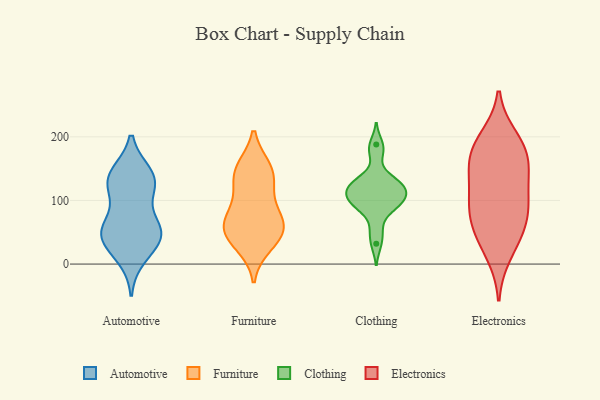
{"axis": {"x": "Market Share (%)", "y": "Value"}, "legend": ["Automotive", "Clothing", "Electronics", "Furniture"], "data": [{"x": "", "y": 58, "type": "Automotive"}, {"x": "", "y": 34, "type": "Automotive"}, {"x": "", "y": 45, "type": "Automotive"}, {"x": "", "y": 54, "type": "Automotive"}, {"x": "", "y": 127, "type": "Automotive"}, {"x": "", "y": 141, "type": "Automotive"}, {"x": "", "y": 11, "type": "Automotive"}, {"x": "", "y": 58, "type": "Automotive"}, {"x": "", "y": 44, "type": "Automotive"}, {"x": "", "y": 121, "type": "Automotive"}, {"x": "", "y": 140, "type": "Automotive"}, {"x": "", "y": 126, "type": "Automotive"}, {"x": "", "y": 141, "type": "Furniture"}, {"x": "", "y": 50, "type": "Furniture"}, {"x": "", "y": 30, "type": "Furniture"}, {"x": "", "y": 150, "type": "Furniture"}, {"x": "", "y": 73, "type": "Furniture"}, {"x": "", "y": 120, "type": "Furniture"}, {"x": "", "y": 62, "type": "Furniture"}, {"x": "", "y": 87, "type": "Furniture"}, {"x": "", "y": 44, "type": "Furniture"}, {"x": "", "y": 55, "type": "Furniture"}, {"x": "", "y": 148, "type": "Furniture"}, {"x": "", "y": 128, "type": "Clothing"}, {"x": "", "y": 32, "type": "Clothing"}, {"x": "", "y": 130, "type": "Clothing"}, {"x": "", "y": 175, "type": "Clothing"}, {"x": "", "y": 55, "type": "Clothing"}, {"x": "", "y": 111, "type": "Clothing"}, {"x": "", "y": 97, "type": "Clothing"}, {"x": "", "y": 127, "type": "Clothing"}, {"x": "", "y": 89, "type": "Clothing"}, {"x": "", "y": 89, "type": "Clothing"}, {"x": "", "y": 188, "type": "Clothing"}, {"x": "", "y": 113, "type": "Clothing"}, {"x": "", "y": 101, "type": "Clothing"}, {"x": "", "y": 126, "type": "Clothing"}, {"x": "", "y": 106, "type": "Clothing"}, {"x": "", "y": 95, "type": "Electronics"}, {"x": "", "y": 16, "type": "Electronics"}, {"x": "", "y": 149, "type": "Electronics"}, {"x": "", "y": 198, "type": "Electronics"}, {"x": "", "y": 181, "type": "Electronics"}, {"x": "", "y": 83, "type": "Electronics"}, {"x": "", "y": 125, "type": "Electronics"}, {"x": "", "y": 52, "type": "Electronics"}, {"x": "", "y": 97, "type": "Electronics"}, {"x": "", "y": 149, "type": "Electronics"}, {"x": "", "y": 71, "type": "Electronics"}, {"x": "", "y": 41, "type": "Electronics"}, {"x": "", "y": 166, "type": "Electronics"}, {"x": "", "y": 188, "type": "Electronics"}]}